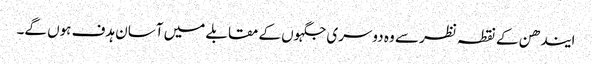
ایندھن کے نقطہ نظر سے وہ دوسری جگہوں کے مقابلے میں آسان ہدف ہوں گے۔